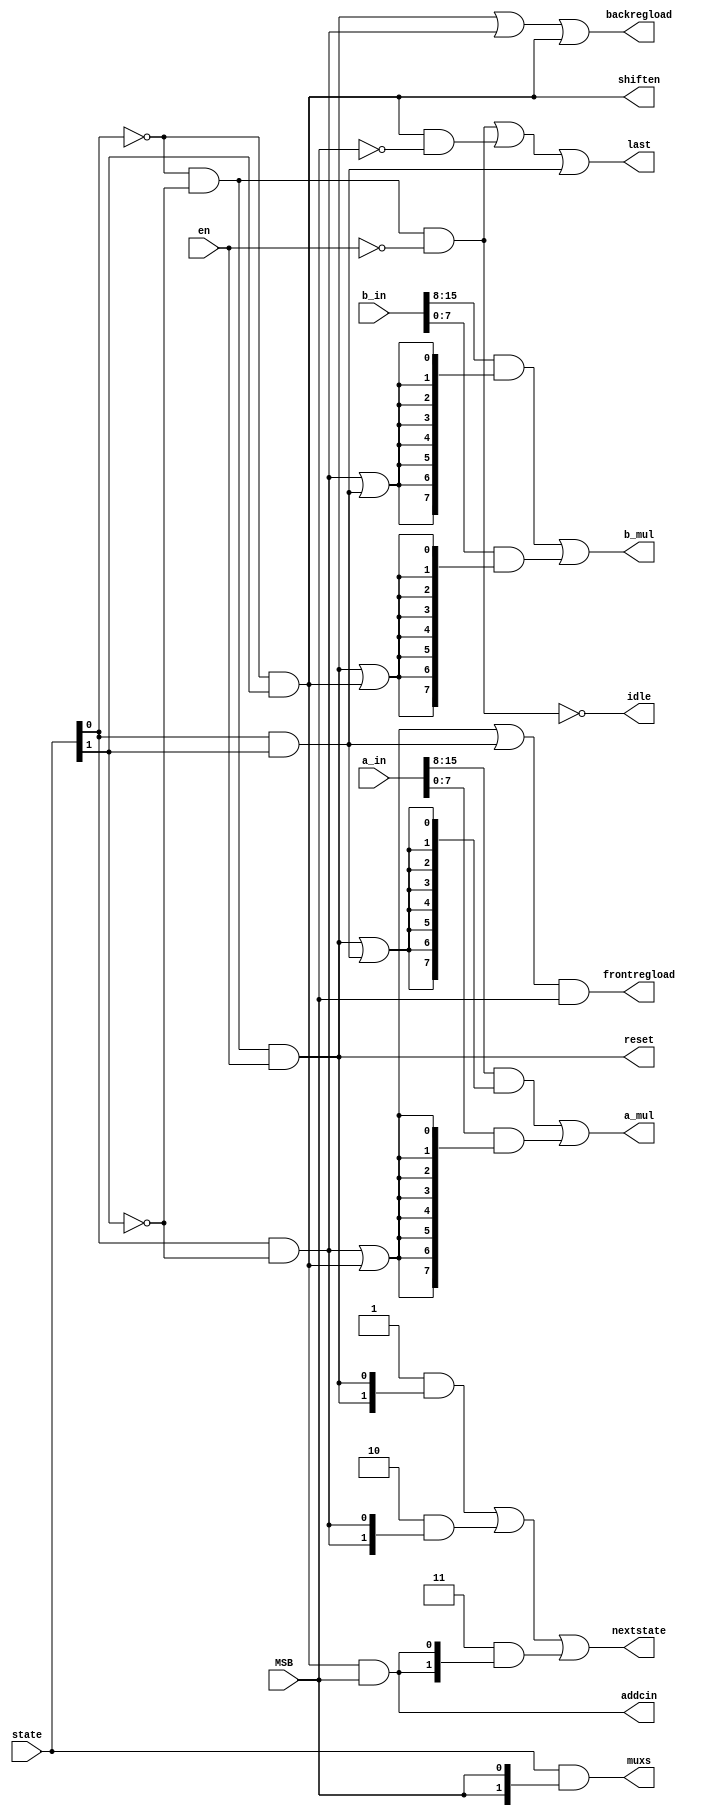
module SM (
	input [15:0] a_in,
	input [15:0] b_in,
	input [1:0] state,
	input en,					// Enable input
	input MSB,					// control input; HIGH if include the MSBs are to be calculated.
	output [7:0] a_mul,		// Operands to be multiplied (A[15:8]/A[7:0])
	output [7:0] b_mul,		// operands to be multiplied (B[15:8]/B[7:0])
	output [1:0] nextstate,	// Next State Output
	output shiften,			//	Shifts the product 8 bits to the left.
	output backregload,		//	(LSB) - Write to the LSB register-GP3; but only if need the full MSB precision
	output frontregload,		// (MSB) - Write to the MSB register-GP2
	output addcin,				// 
	output [1:0] muxs,		// [1:0]. 00-GND; 01-cout; 10-front shifted 16 bits; 11-product.
	output reset,				// ACLR GP2 if we are using it to store the MSBs of the product. Should we leave this to the programmmer?
	output last,				// goes HIGH for the last state and idle state
	output idle					// LOW when in stateidle
);

wire state00en = ~state[0]&~state[1]&en;
wire stateidle = ~state[0]&~state[1]&~en;
wire state01 = state[0]&~state[1];
wire state10 = ~state[0]&state[1];
wire state11 = state[0]&state[1];

//values that will be inputted into the 8-bit multiplier
assign a_mul = (a_in[15:8]&{8{state00en|state11}}) | (a_in[7:0]&{8{state01|state10}});
assign b_mul = (b_in[15:8]&{8{state01|state11}}) | (b_in[7:0]&{8{state00en|state10}});

//next state
assign nextstate = (2'b01&{2{state00en}}) | (2'b10&{2{state01}}) | (2'b11&{2{state10&MSB}});

//shift enable for the shift block
assign shiften = state10;

//sload of LSB and MSB register respectively
assign backregload = state00en|state01|state10;
assign frontregload = (state01|state10|state11)&MSB;

//enable of cin of adder in MSB reg
assign addcin = state10&MSB;

//mux select of MSB reg 00-GND; 01-shifted cout; 10-shfited LSB; 11-product
assign muxs = state&{2{MSB}};

//reset of MSB register in 32bit result
//should only reset when MSB HIGH but is don't care as it will not be connected to the register when its LOW
assign reset = state00en;

//tell external hardware that this is the last cycle of multiplication
//can sload value
assign last = stateidle|(state10&~MSB)|state11;

//tell external hardware that it is in idle state
//goes low in idle to disable sload
assign idle = ~stateidle;

endmodule